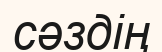
сәздің